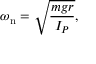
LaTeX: \omega _ { \mathrm { n } } = { \sqrt { \frac { m g r } { I _ { P } } } } ,